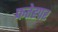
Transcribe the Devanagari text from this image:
फतेहपर